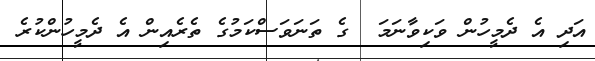
އަދި އެ ދެމީހުން ވަކިވާނަމަ  ގެ ތަނަވަސްކަމުގެ ތެރެއިން އެ ދެމީހުންކުރެ